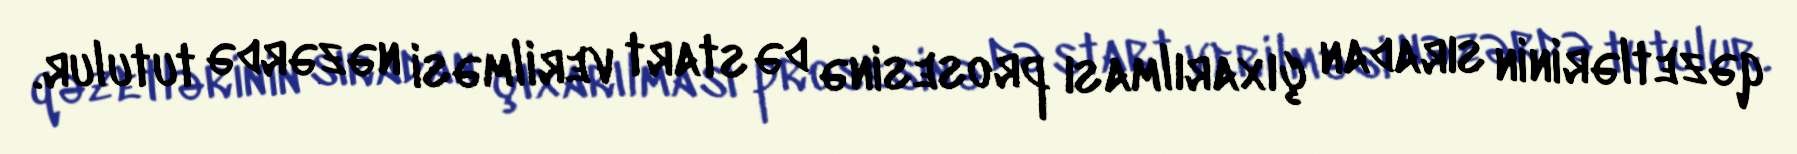
qəzetlərinin sıradan çıxarılması prosesinə də start verilməsi nəzərdə tutulur.